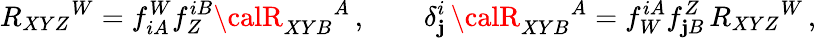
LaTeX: R_{XYZ}{}^{W}=f_{iA}^{W}f_{Z}^{iB}{\calR}_{XYB}{}^{A}\, ,\qquad\delta_{\mathbf{j}}^{i}\, {\calR}_{XYB}{}^{A}=f_{W}^{iA}f_{\mathbf{j}B}^{Z}\, R_{XYZ}{}^{W}\, ,